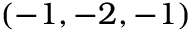
( - 1 , - 2 , - 1 )